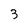
Character: 3